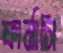
ফার্মাসি